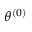
\theta ^ { ( 0 ) }